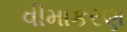
વીમાકરણ